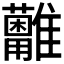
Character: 𩁩